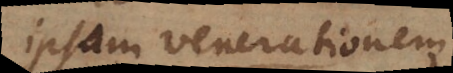
ipsam venerationem